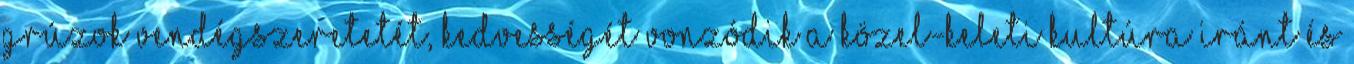
grúzok vendégszeretetét, kedvességét Vonzódik a közel-keleti kultúra iránt és